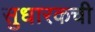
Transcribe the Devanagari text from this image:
सुधारकची